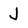
Character: J